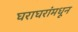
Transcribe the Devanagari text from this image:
घराघरांमधून